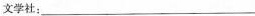
文学社：___